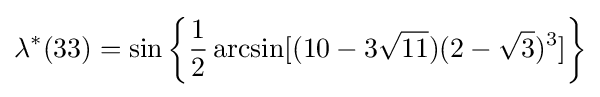
\lambda ^{*}(33)=\sin \left\{{\frac {1}{2}}\arcsin[(10-3{\sqrt {11}})(2-{\sqrt {3}})^{3}]\right\}